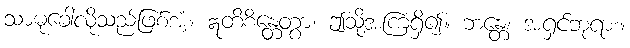
သာဓုခေါ်လိုသည်ဖြစ်အံ့။ ဣတိစိန္တေတွာ၊ ဤသို့အကြံရှိ၍။ ဘန္တေ၊ အရှင်ဘုရား။